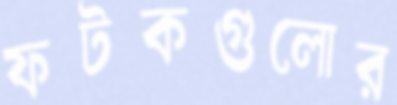
ফটকগুলোর